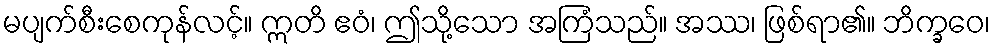
မပျက်စီးစေကုန်လင့်။ ဣတိ ဧဝံ၊ ဤသို့သော အကြံသည်။ အဿ၊ ဖြစ်ရာ၏။ ဘိက္ခဝေ၊